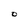
Character: O